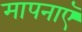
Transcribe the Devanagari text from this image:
मापनाएँ